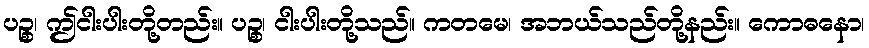
ပဉ္စ၊ ဤငါးပါးတို့တည်း။ ပဉ္စ၊ ငါးပါးတို့သည်။ ကတမေ၊ အဘယ်သည်တို့နည်း။ ကောဓနော၊